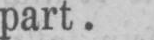
part.